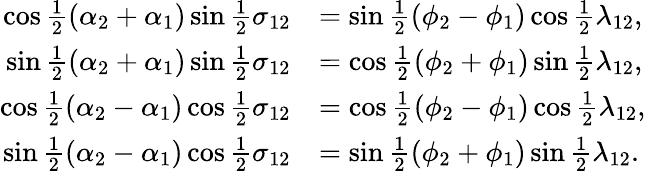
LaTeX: {\begin{array}{rl}{\cos{\frac{1}{2}}(\alpha_{2}+\alpha_{1})\sin{\frac{1}{2}}\sigma_{12}}&{=\sin{\frac{1}{2}}(\phi_{2}-\phi_{1})\cos{\frac{1}{2}}\lambda_{12},}\\ {\sin{\frac{1}{2}}(\alpha_{2}+\alpha_{1})\sin{\frac{1}{2}}\sigma_{12}}&{=\cos{\frac{1}{2}}(\phi_{2}+\phi_{1})\sin{\frac{1}{2}}\lambda_{12},}\\ {\cos{\frac{1}{2}}(\alpha_{2}-\alpha_{1})\cos{\frac{1}{2}}\sigma_{12}}&{=\cos{\frac{1}{2}}(\phi_{2}-\phi_{1})\cos{\frac{1}{2}}\lambda_{12},}\\ {\sin{\frac{1}{2}}(\alpha_{2}-\alpha_{1})\cos{\frac{1}{2}}\sigma_{12}}&{=\sin{\frac{1}{2}}(\phi_{2}+\phi_{1})\sin{\frac{1}{2}}\lambda_{12}.}\end{array}}